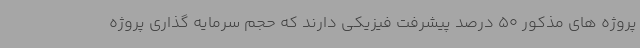
پروژه های مذکور 50 درصد پیشرفت فیزیکی دارند که حجم سرمایه گذاری پروژه